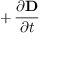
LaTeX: + \, { \frac { \partial \mathbf { D } } { \partial t } }